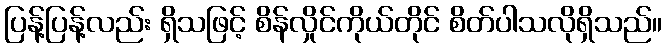
ပြန့်ပြန့်လည်း ရှိသဖြင့် စိန်လှိုင်ကိုယ်တိုင် စိတ်ပါသလိုရှိသည်။